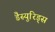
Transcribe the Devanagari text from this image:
डैस्युरिड्स